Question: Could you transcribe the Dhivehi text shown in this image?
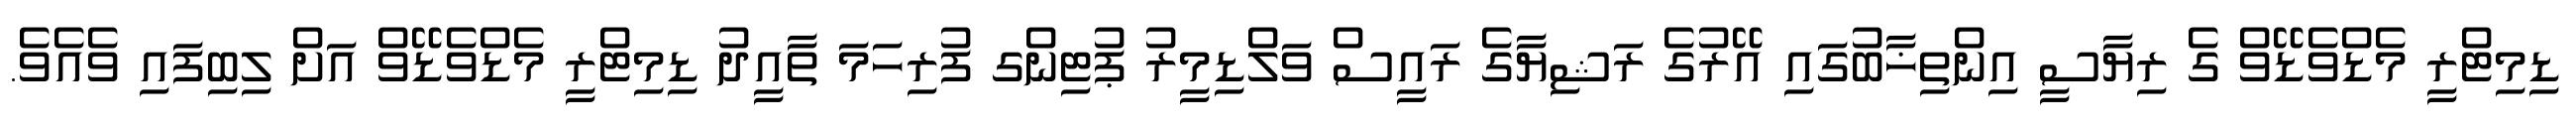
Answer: ޑިމިޓްރީ މެޑްވެޑޭވް ގެ ރިޔާސީ އިންތިޚާބުގައި އޭރުގެ ރަޝިޔާގެ ރައީސް ވަލްޑިމީރު ޕުޓިންގ ފުރިހަމަ ތާއީދު ޑިމިޓްރީ މެޑްވެޑޭވް އަށް ލިބިފައި ވެއެވެ.